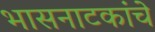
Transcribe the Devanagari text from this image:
भासनाटकांचे